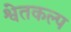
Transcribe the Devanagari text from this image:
श्वेतकल्प